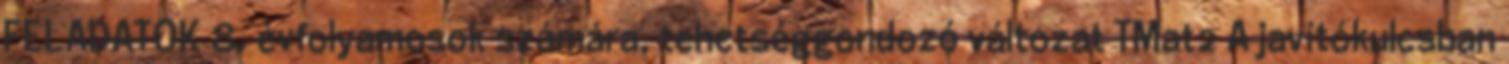
FELADATOK 8. évfolyamosok számára, tehetséggondozó változat TMat2 A javítókulcsban